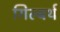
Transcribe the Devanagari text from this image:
गिल्बर्थ